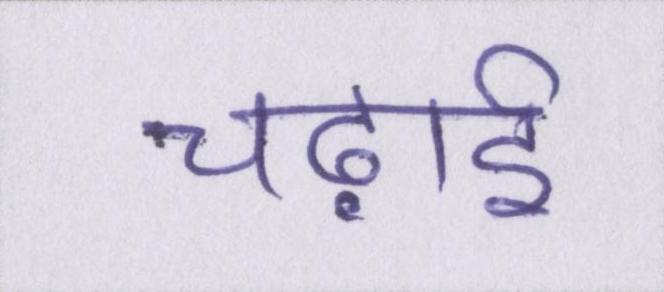
चढ़ाई